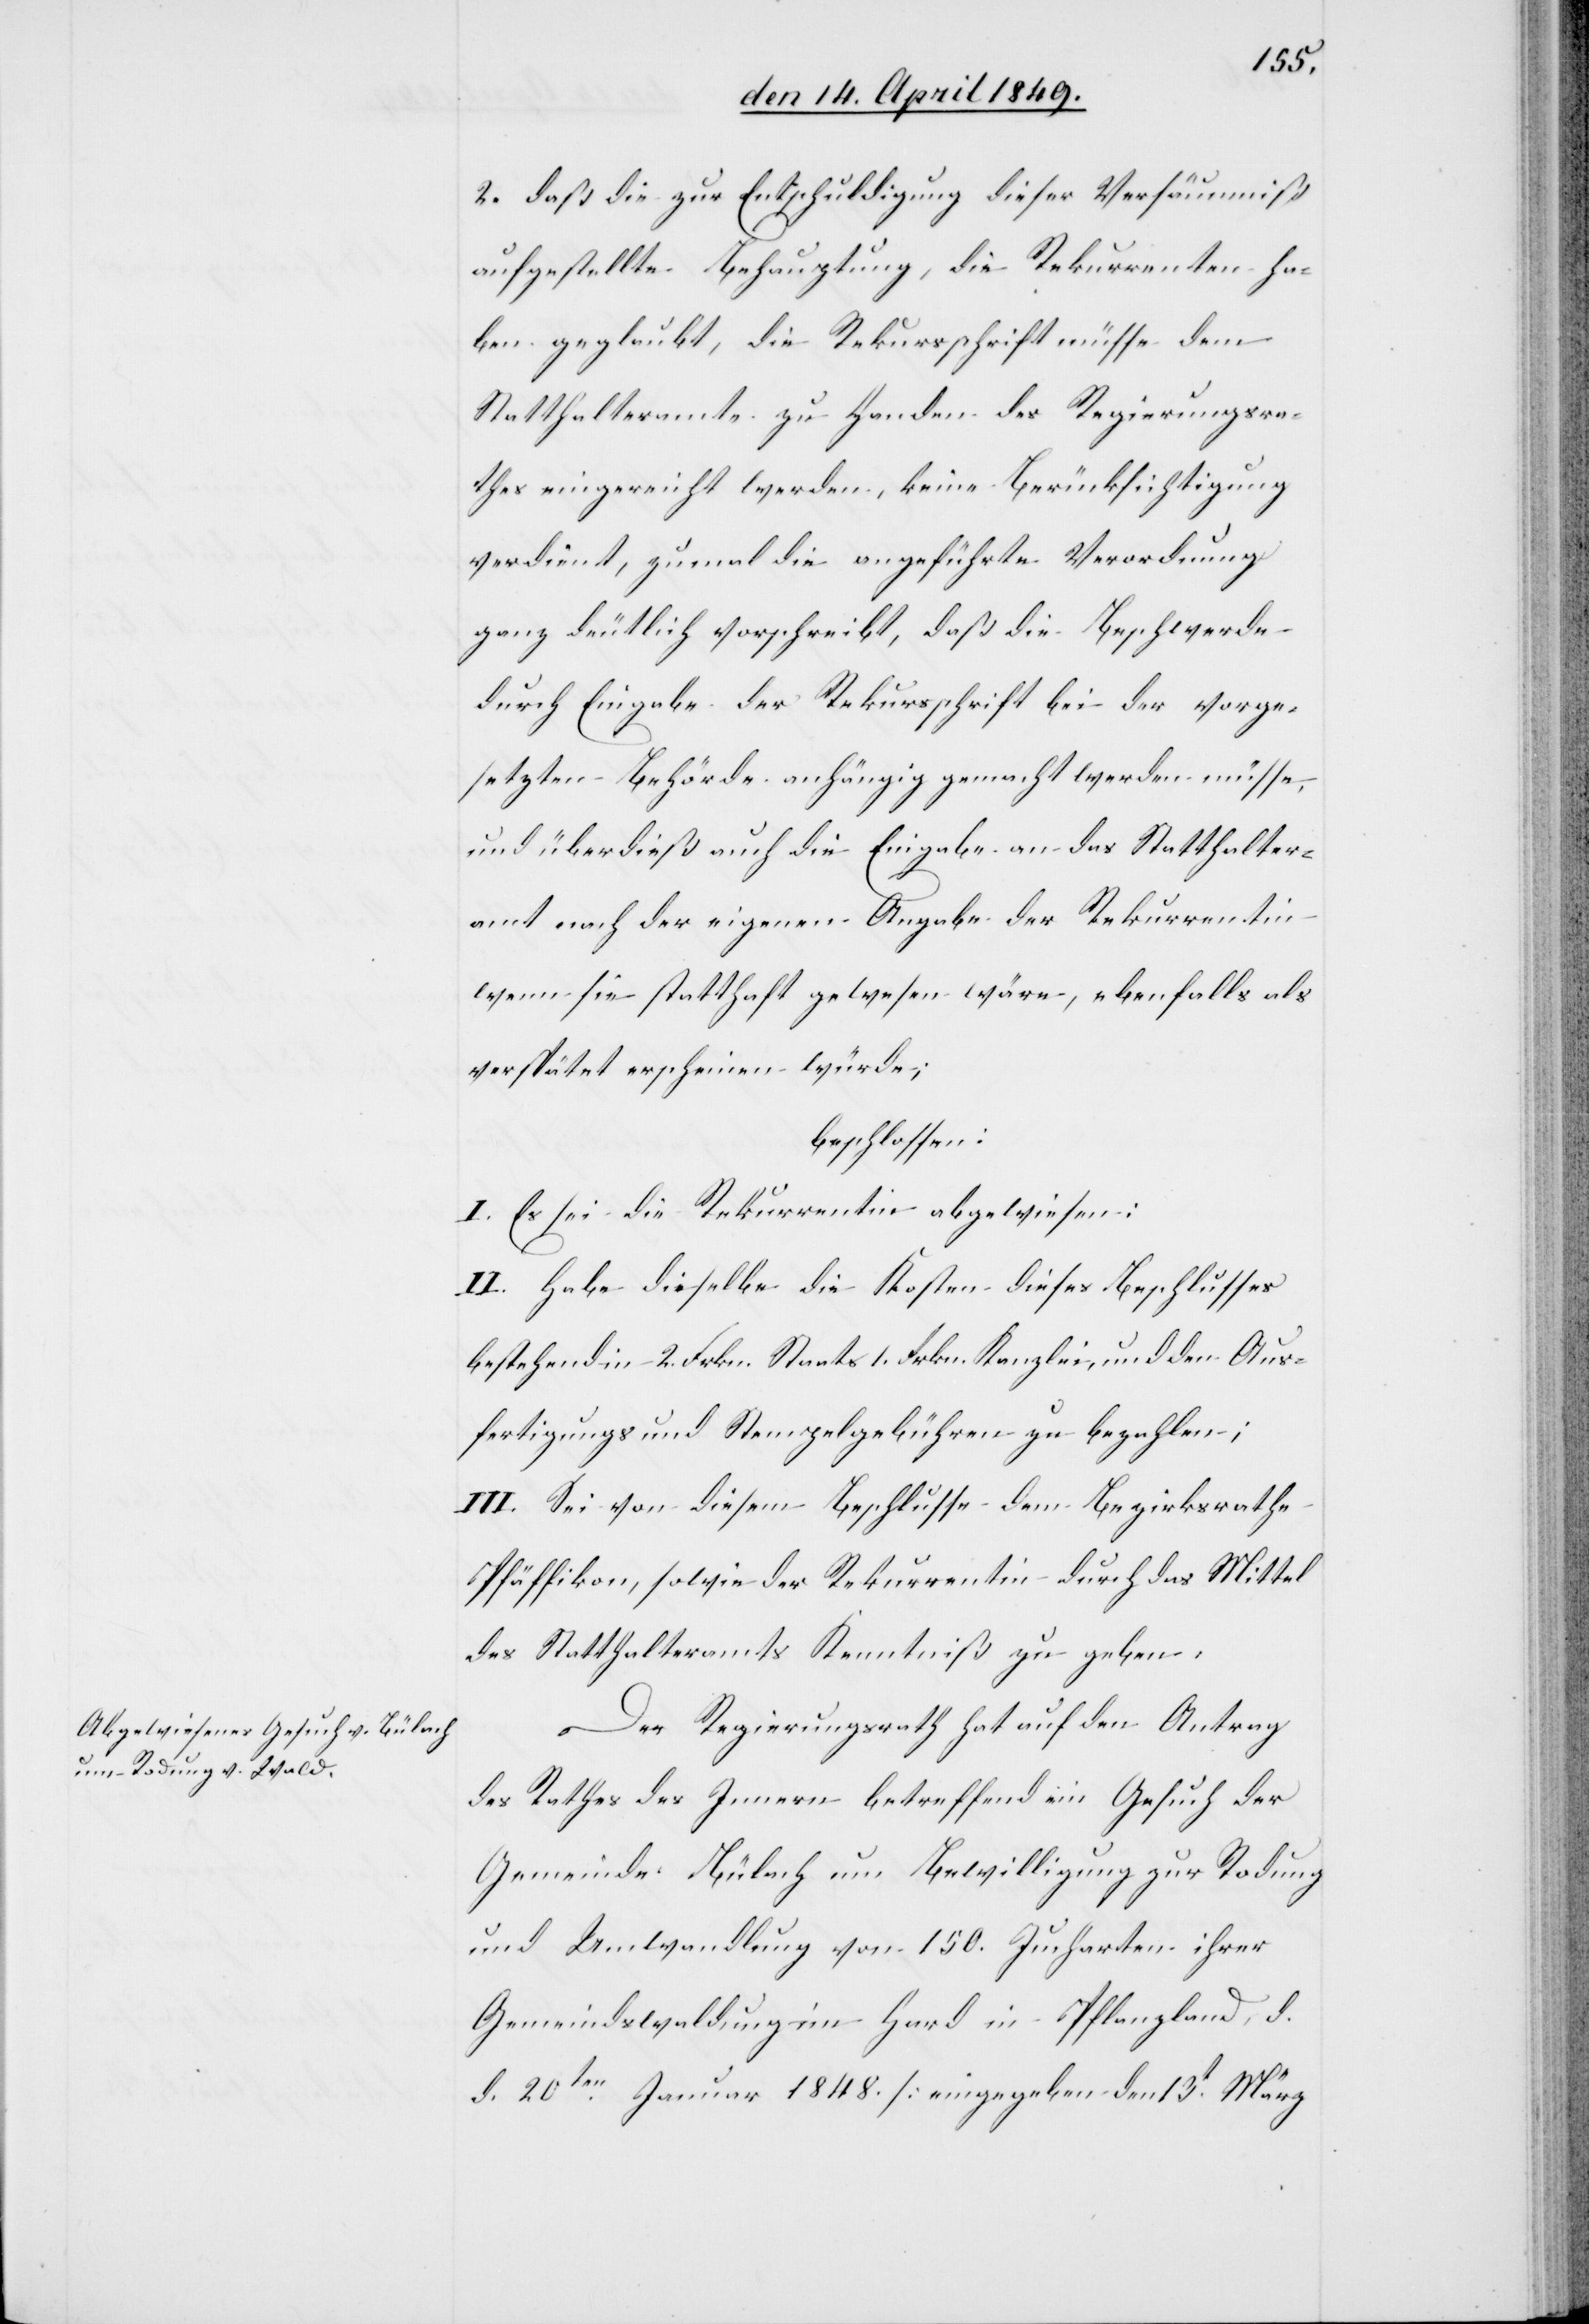
2. Daß die zur Entschuldigung dieser Versäumniß
aufgestellte Behauptung, die Rekurrenten ha¬
ben geglaubt, die Rekursschrift müsse dem
Statthalteramte zu Handen des Regierungsra¬
thes eingereicht werden, keine Berücksichtigung
verdient, zumal die angeführte Verordnung
ganz deutlich vorschreibt, daß die Beschwerde
durch Eingabe der Rekursschrift bei der vorge¬
setzten Behörde anhängig gemacht werden müsse,
und überdieß auch die Eingabe an das Statthalter¬
amt nach der eigenen Angabe der Rekurrentin
wenn sie statthaft gewesen wäre, ebenfalls als
verspätet erscheinen würde;
beschlossen:
I. Es sei die Rekurrentin abgewiesen:
II. Habe dieselbe die Kosten dieses Beschlusses
bestehend in 2. Frkn. Staats[-][,] 1 Frkn. Kanzlei[-], und den Aus¬
fertigungs[-] und Stempelgebühren zu bezahlen;
III. Sei von diesem Beschlusse dem Bezirksrathe
Pfäffikon, sowie der Rekurrentin durch das Mittel
des Statthalteramts Kenntniß zu geben.
Der Regierungsrath hat auf den Antrag
des Rathes des Innern betreffend ein Gesuch der
Gemeinde Bülach um Bewilligung zur Rodung
und Umwandlung von 150. Jucharten ihrer
Gemeindswaldung im Hard in Pflanzland, d.
d. 20ten Januar 1848. [eingegeben den 13t März